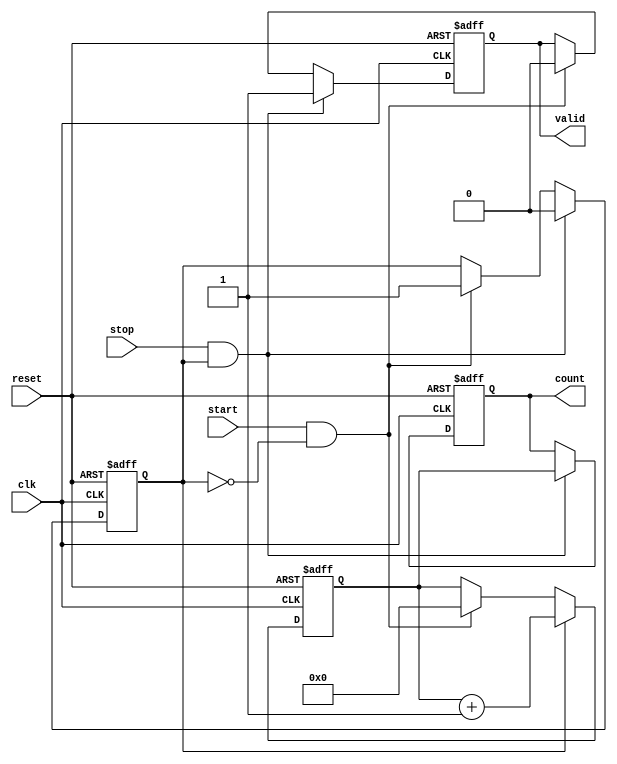
module TDC (
    input wire clk,          // Clock signal
    input wire reset,        // Asynchronous reset signal
    input wire start,        // Start signal
    input wire stop,         // Stop signal
    output reg [15:0] count, // Output count value (16-bit)
    output reg valid         // Valid signal for output data
);

    reg [15:0] counter;      // 16-bit counter
    reg measuring;           // Flag to indicate measuring state

    // Memory block to store counts (for example, 4 measurements)
    reg [15:0] memory [0:3]; // 4 entries in memory
    reg [1:0] mem_index;     // Index for storing in memory

    // State machine for control logic
    always @(posedge clk or posedge reset) begin
        if (reset) begin
            counter <= 16'b0;
            count <= 16'b0;
            valid <= 1'b0;
            measuring <= 1'b0;
            mem_index <= 2'b0;
        end else begin
            // Start measuring
            if (start && !measuring) begin
                counter <= 16'b0; // Reset counter
                measuring <= 1'b1; // Enter measuring state
                valid <= 1'b0;     // Clear valid signal
            end
            
            // Counting logic
            if (measuring) begin
                counter <= counter + 1; // Increment counter
            end
            
            // Stop measuring
            if (stop && measuring) begin
                measuring <= 1'b0; // Exit measuring state
                count <= counter;   // Capture the count
                memory[mem_index] <= counter; // Store in memory
                mem_index <= mem_index + 1; // Increment memory index
                valid <= 1'b1;      // Indicate valid output
            end
        end
    end

endmodule